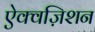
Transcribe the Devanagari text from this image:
ऐक्वज़िशन